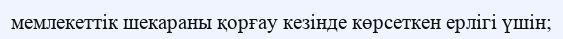
мемлекеттік шекараны қорғау кезінде көрсеткен ерлігі үшін;